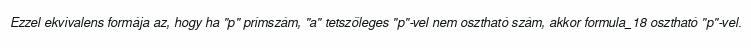
Ezzel ekvivalens formája az, hogy ha "p" prímszám, "a" tetszőleges "p"-vel nem osztható szám, akkor formula_18 osztható "p"-vel.